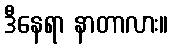
ဒီနေရာ နာတာလား။